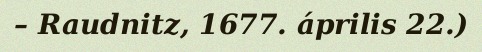
– Raudnitz, 1677. április 22.)